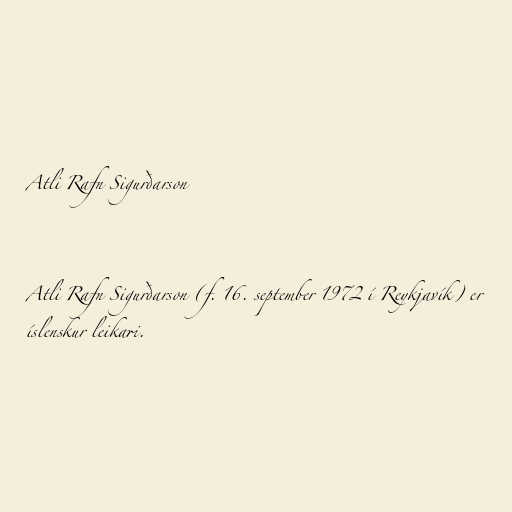
Atli Rafn Sigurðarson

Atli Rafn Sigurðarson (f. 16. september 1972 í Reykjavík) er
íslenskur leikari.